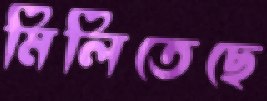
মিলিতেছে